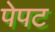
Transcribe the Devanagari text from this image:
पेपट